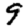
Digit: 9